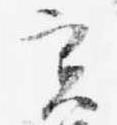
実